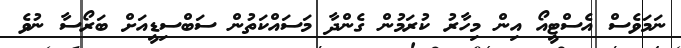
ނަމަވެސް އެސްޓީއޯ އިން މިހާރު ކުރަމުން ގެންދާ މަސައްކަތުން ސަބްސިޑީއަށް ބަރޯސާ ނުވެ